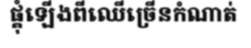
ផ្គុំឡើងពីឈើច្រើនកំណាត់